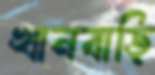
খানবাড়ি